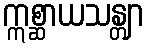
ဣစ္ဆာယသန္တျာ